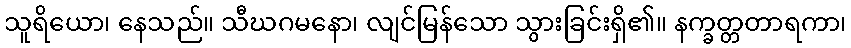
သူရိယော၊ နေသည်။ သီဃဂမနော၊ လျင်မြန်သော သွားခြင်းရှိ၏။ နက္ခတ္တတာရကာ၊